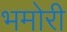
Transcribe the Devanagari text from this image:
भमोरी